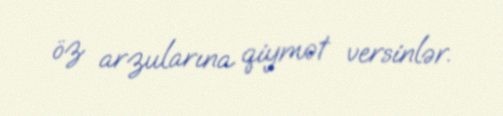
öz arzularına qiymət versinlər.